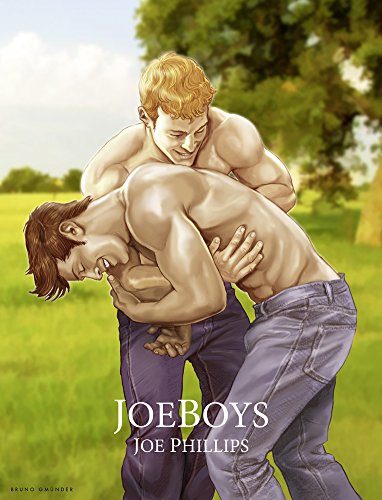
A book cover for Joeboys: 128 Pages, Full Color, Hardcover with Dustjacket, 10.25 X 13.5"; Joe Phillips; Comics & Graphic Novels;